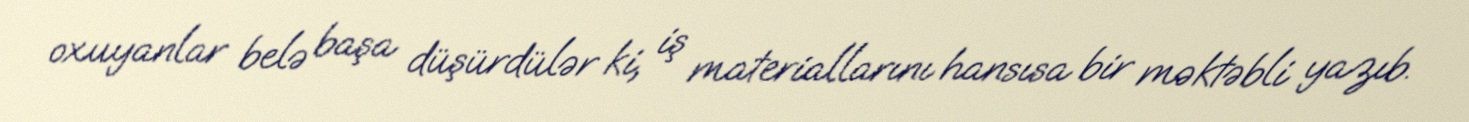
oxuyanlar belə başa düşürdülər ki, iş materiallarını hansısa bir məktəbli yazıb.